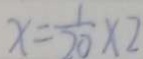
x = \frac { 1 } { 2 0 } \times 2